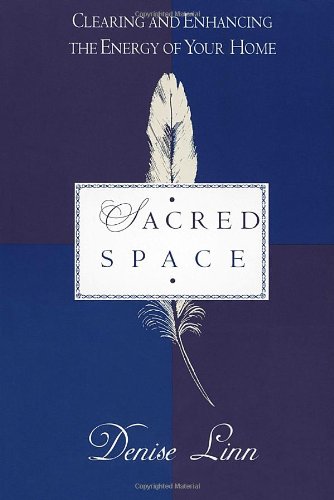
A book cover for Sacred Space: Clearing and Enhancing the Energy of Your Home; Denise Linn; Religion & Spirituality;